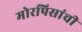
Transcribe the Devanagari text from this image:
मोरपिसांची